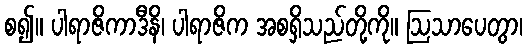
စ၍။ ပါရာဇိကာဒီနိ၊ ပါရာဇိက အစရှိသည်တို့ကို။ ဩသာပေတွာ၊